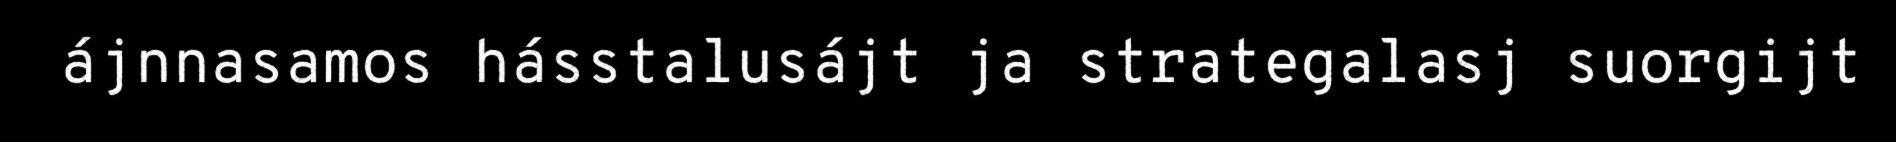
ájnnasamos hásstalusájt ja strategalasj suorgijt